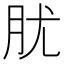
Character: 肬